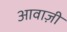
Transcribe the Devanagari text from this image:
आवाज़ी